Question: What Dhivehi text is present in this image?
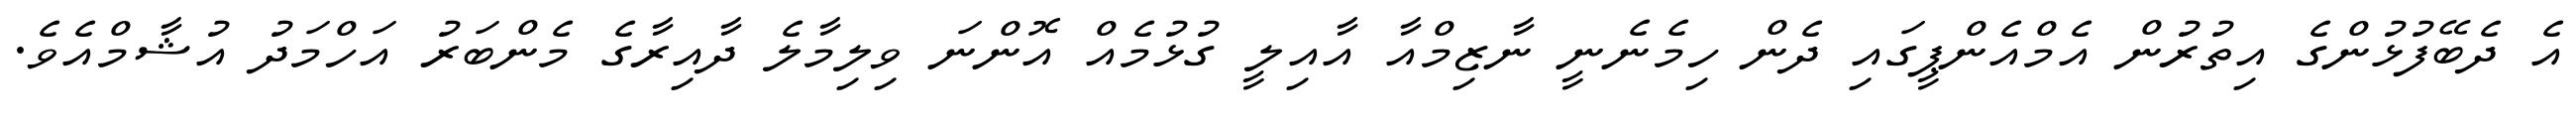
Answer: އެ ދެބޭފުޅުންގެ އިތުރުން އެމްއެންޕީގައި ދެން ހިމެނެނީ ނާޒިމްއާ އާއިލީ ގުޅުމެއް އޮންނަ ވިލިމާލެ ދާއިރާގެ މެންބަރު އަހްމަދު އުޝާމްއެވެ.